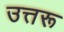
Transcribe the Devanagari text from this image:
उत्तरू